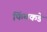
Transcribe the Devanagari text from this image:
फिंचकडे